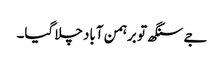
جے سنگھ تو برہمن آباد چلا گیا۔